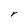
Character: r